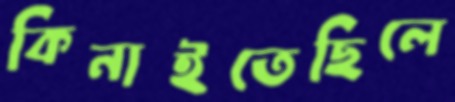
কিনাইতেছিলে